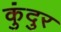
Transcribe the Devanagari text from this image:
कुंदुर